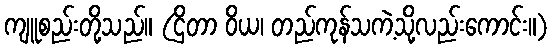
ကျူစည်းတို့သည်။ (ဌိတာ ဝိယ၊ တည်ကုန်သကဲ့သို့လည်းကောင်း။)